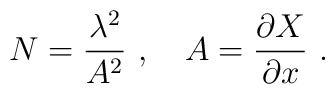
N = \frac{\lambda^2}{A^2} \ , \ \ \ A = \frac{\partial X}{\partial x}\ .